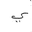
Letter: _ya